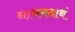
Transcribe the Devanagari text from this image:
नाथमनाथं